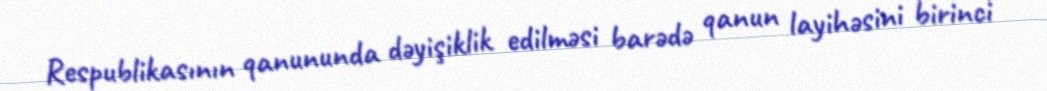
Respublikasının qanununda dəyişiklik edilməsi barədə qanun layihəsini birinci